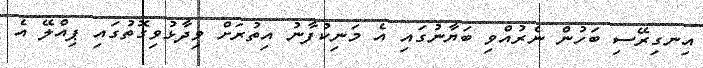
އިނގިރޭސި ބަހުން ނެރުއްވި ބަޔާނުގައި އެ މަނިކުފާނު އިތުރަށް ވިދާޅުވިގޮތުގައި ޕިއްލޭ އެ